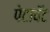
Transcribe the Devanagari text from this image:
पेटावॅट